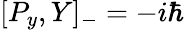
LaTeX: [P_{y},Y]_{-}=-i\hbar